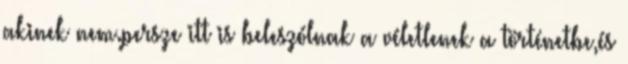
akinek nem.persze itt is beleszólnak a véletlenek a történetbe,és